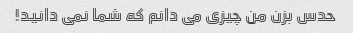
حدس بزن من چیزی می دانم که شما نمی دانید!